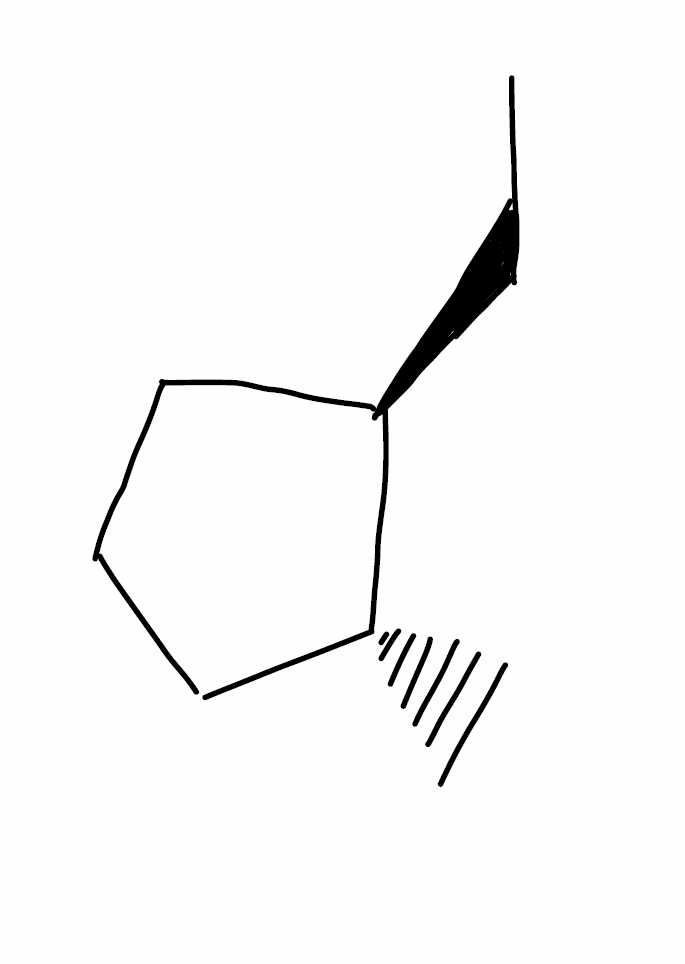
Simplified molecular-input line-entry system (SMILES) notation of the given molecule:
CC[C@@H]1CCC[C@H]1C